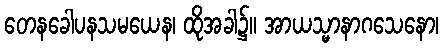
တေနခေါပနသမယေန၊ ထိုအခါ၌။ အာယသ္မာနာဂသေနော၊